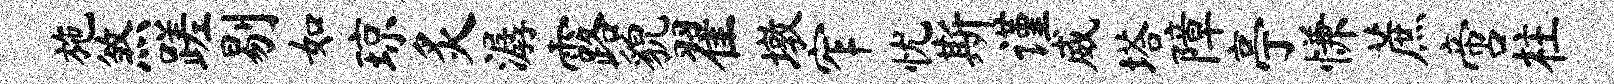
施煞蹉剔如琼炙潺露貌翟墩窄忧斯谨威塔障亭慊蔗啻柱